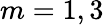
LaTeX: m=1,3